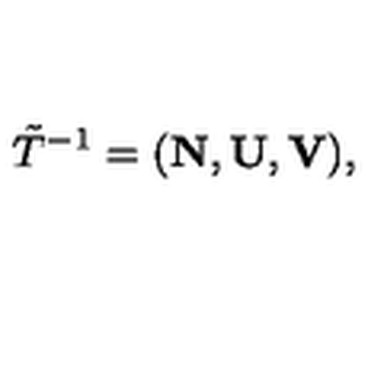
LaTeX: { \tilde { T } } ^ { - 1 } = ( { \bf N } , { \bf U } , { \bf V } ) ,